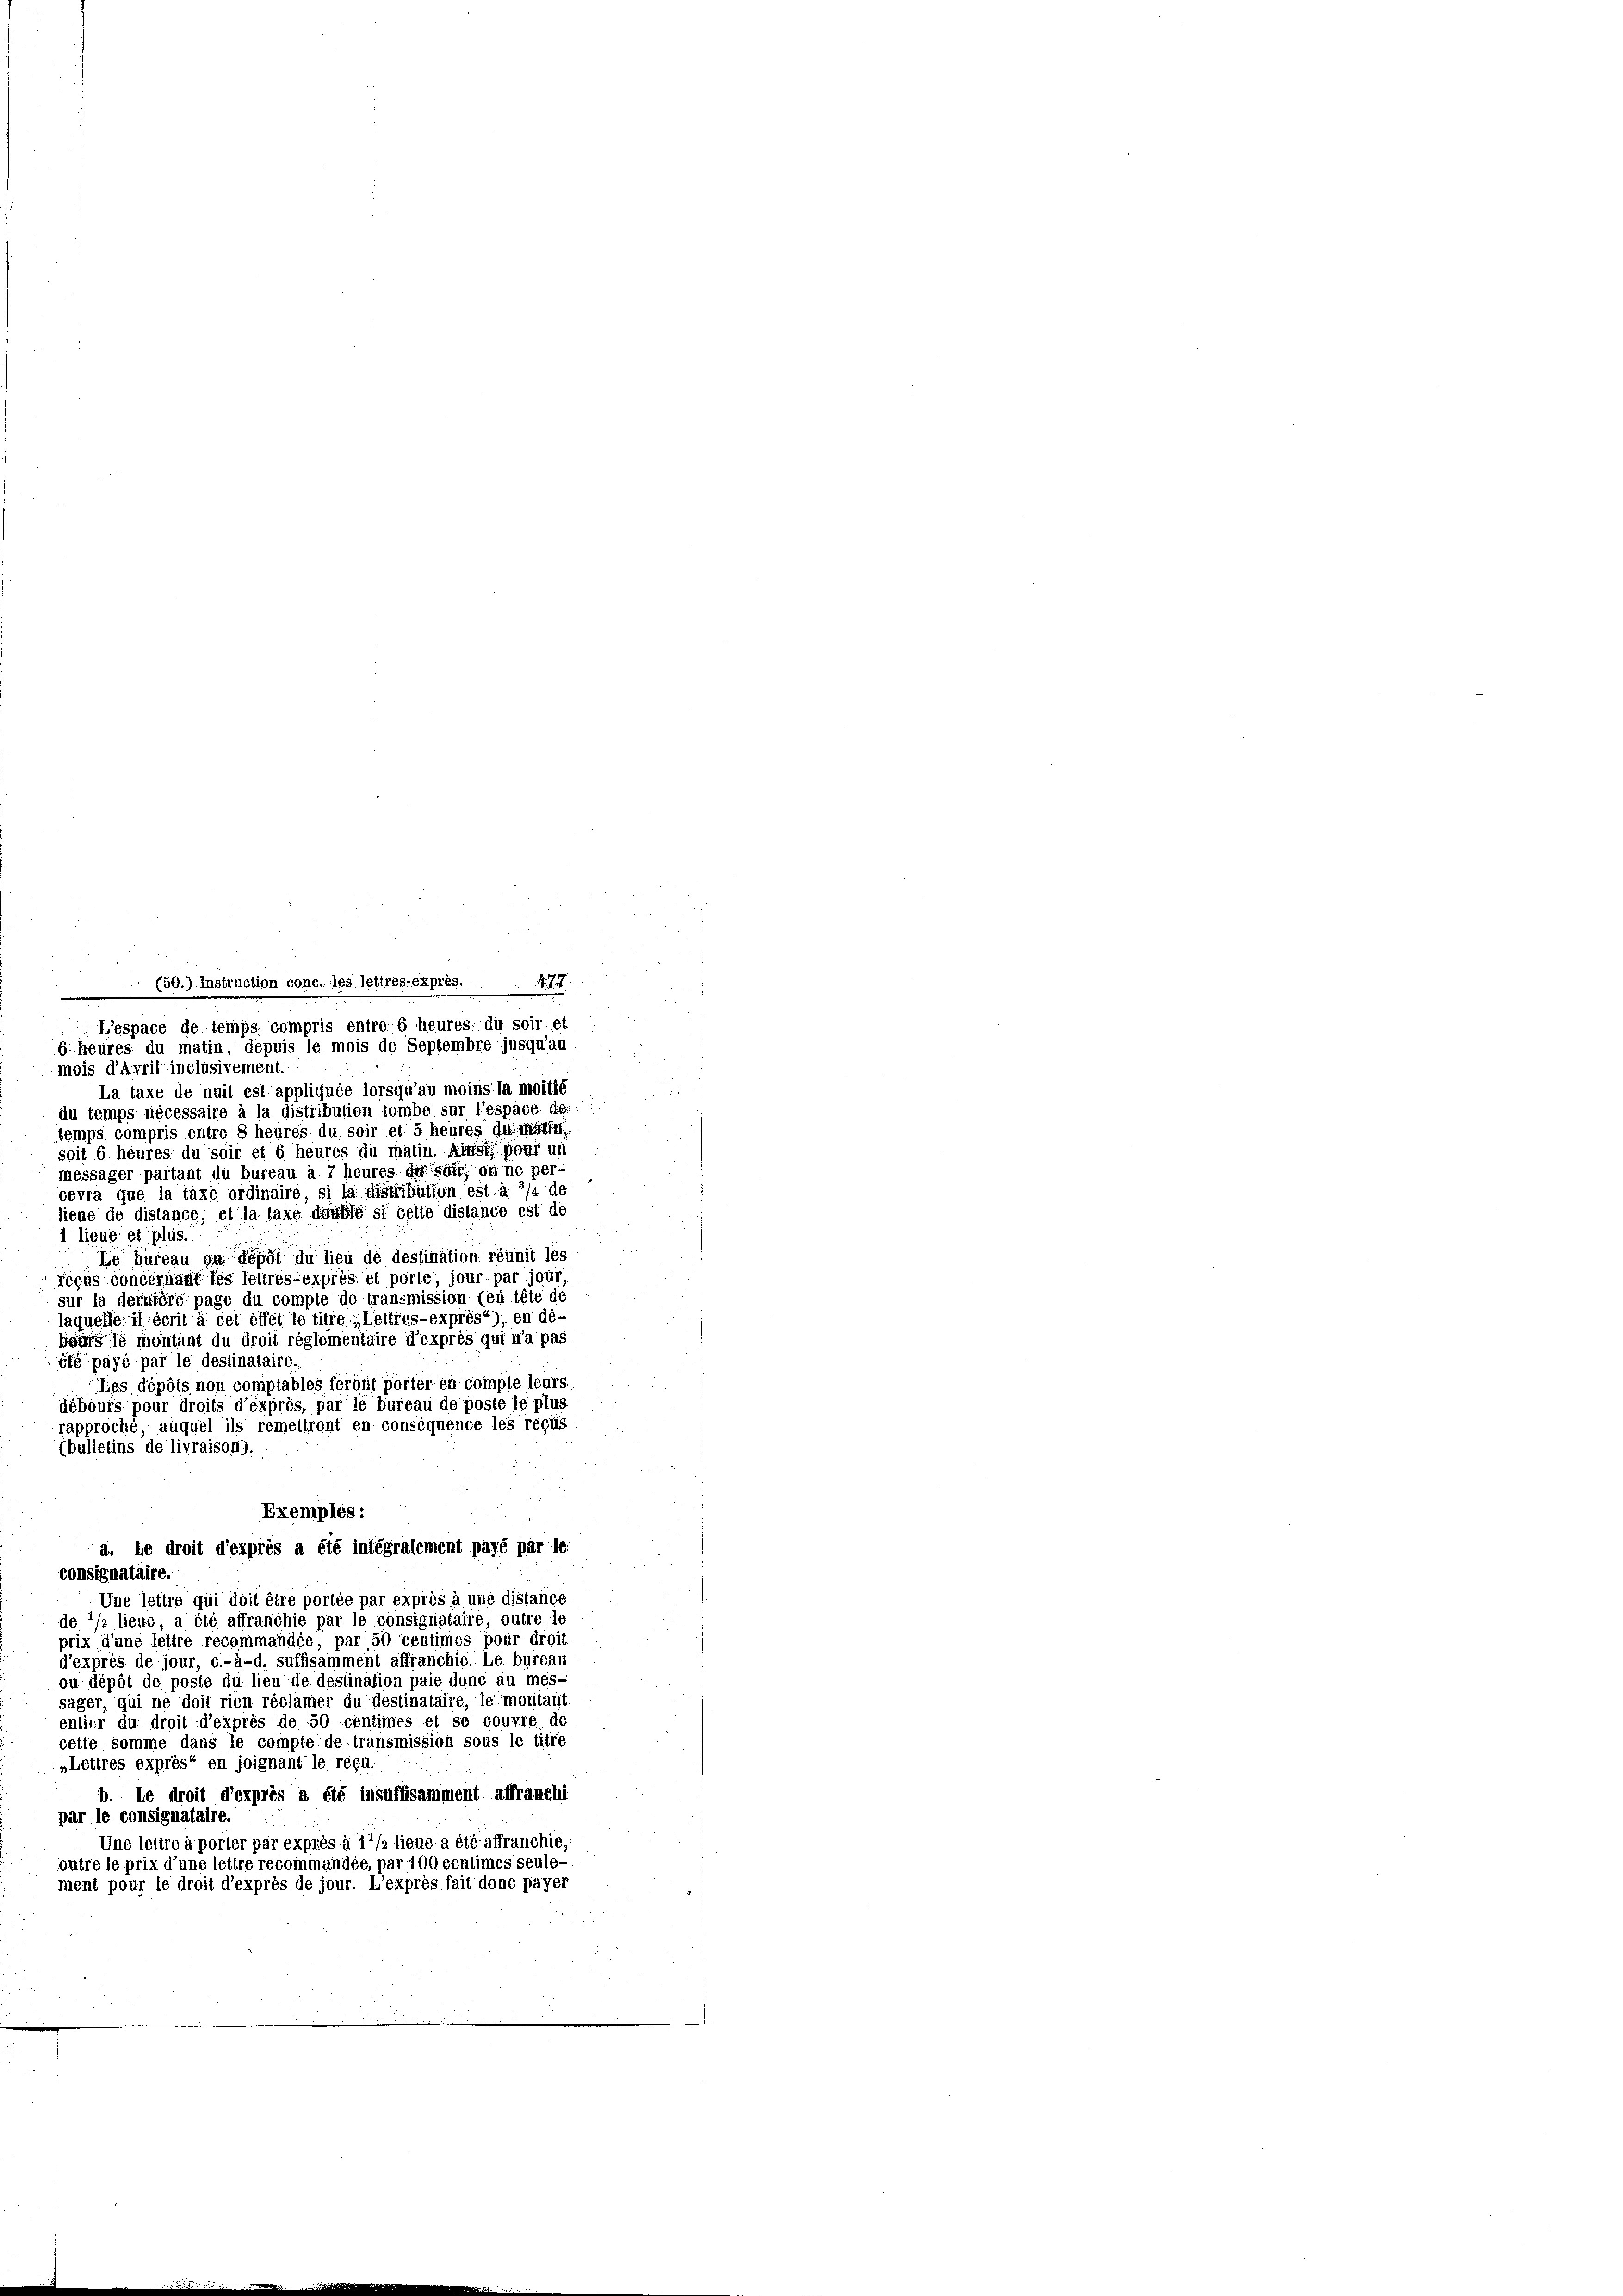
(50.) Instruction conc. les letirés-expres. A. S. 4
L’espace de temps compris entre-6 heures du soir et
b. heures du matin, depuis le mois de Septembre jusqu’au
mois d’Avril inclusivement.
La taxe de nuit est appliquée lorsqu’au moins la moitié
du temps nécessaire à la distribution tombe sur l’espace der
temps compris entre 8 heures du soir et 5 heures Antra
soit b heures du soir et 6 heures du matin. Airol four un
messager partant du bureau à 7 heures de soll, on ne per-
cevra que la taxe ordinaire, si la distribution est à 1/4 de
lieue de distance, et la taxe double si celle distance est de
1 lieue et plus.
Le bureau in depot du lieu de destination réunit les
reçus concernant les lettres-exprès et porte, jour par jour,
sur la dernière page du compte de transmission feu tête de
laquelle il écrit à cet effet le titre „Lettres-exprès“), en dé-
bourg le montant du droit réglementaire d’exprès qui n’a pas
efé payé par le destinataire.
Les dépôls non comptables feront porter en compte leurs
débours pour droits d’éxprès, par le bureau de poste le plus
rapproché, auquel ils remeltront en conséquence les reçus
(bulletins de livraison).
Exemples:
à. le droit d’exprès a été intégralement payé par le
consignataire.
Une lettre qui doit être portée par exprès à une distance
de 1/2 lieue, a été affranchie par le consignataire, outre le
prix d’une lettre recommandée par 50 centimes pour droit
d’exprès de jour, c.-à-d. suffisamment affranchie. Le büreau
ou dépôt de poste du lieu de deslination paie doné au mes-
sager, qui ne doit rien réclämer du destinataire, le montanis
entier du droit d’exprès de 50 centimes et se couvre de
cette somme dans le compte de transmission sous le titre
„Lettres exprès en joignant le régu.
b. Le droit d’exprès a été insuffisamment affranchi
par le consignataire.
Une leitre à porter par exprès à 11/2 lieue a été affranchie,
outre le prix d’une lettre recommandée, par 100 centimes seule-
ment pour le droit d’exprès de jour. L’exprès fait donc payer